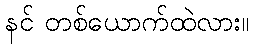
နင် တစ်ယောက်ထဲလား။